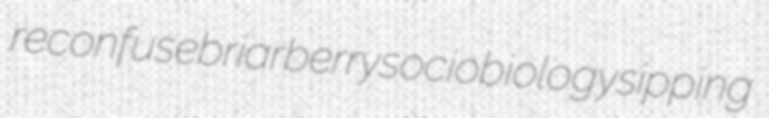
reconfuse briarberry sociobiology sipping